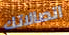
اتصالاتك